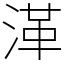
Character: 㴖